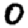
Digit: 0